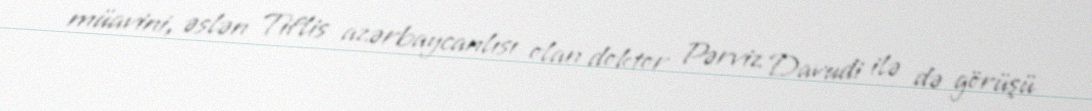
müavini, əslən Tiflis azərbaycanlısı olan doktor Pərviz Davudi ilə də görüşü